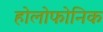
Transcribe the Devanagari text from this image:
होलोफोनिक